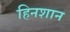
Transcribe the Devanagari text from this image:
हिनशान